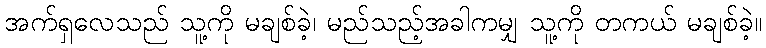
အက်ရှလေသည် သူ့ကို မချစ်ခဲ့၊ မည်သည့်အခါကမျှ သူ့ကို တကယ် မချစ်ခဲ့။